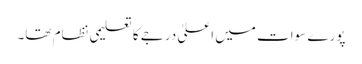
پورے سوات میں اعلیٰ درجے کا تعلیمی نظام تھا۔